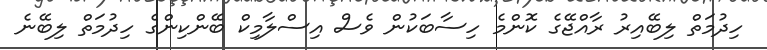
ހިދުމަތް ލިބޭއިރު ރާއްޖޭގެ ކޮންމެ ހިސާބަކުން ވެސް އިސްލާމިކް ބޭންކިންގެ ހިދުމަތް ލިބޭނެ